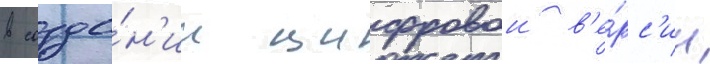
в созда́н'ии цифровои в'е́рс'ии